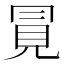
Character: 㒻